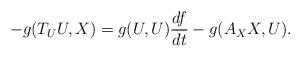
LaTeX: \begin{align*}-g(T_U U, X) = g(U, U)\frac {df}{dt} - g(A_X X , U).\end{align*}